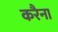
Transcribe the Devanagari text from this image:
करैना